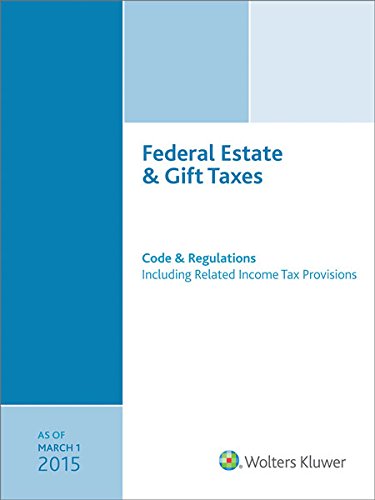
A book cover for Federal Estate & Gift Taxes: Code & Regulations (Including Related Income Tax Provisions), As of March 2015; CCH Tax Law Editors; Law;